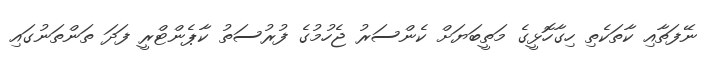
ނޭފަތާއި ކާތަކެތި ހިގާހޮޅީގެ މަތީބަޔަށް ކެންސަރު ޖެހުމުގެ ފުރުސަތު ކާޕެންޓްރީ ފަދަ ތަންތަނުގައި